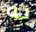
به